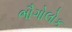
ભૌગોલોક